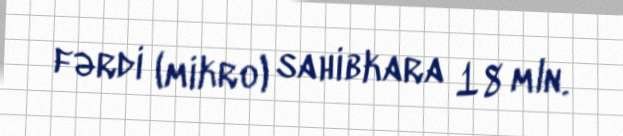
fərdi (mikro) sahibkara 18 mln.